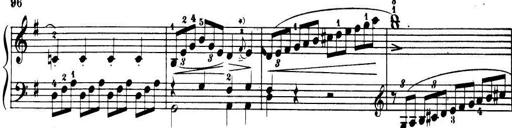
Title: 32 Sonatinas and Rondos for the Piano
Composer: Richard Kleinmichel